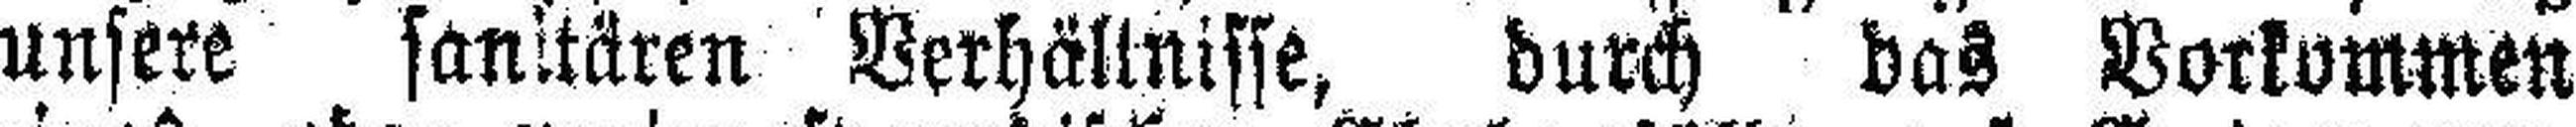
unsere sanitären Verhältnisse, durch das Vorkommen